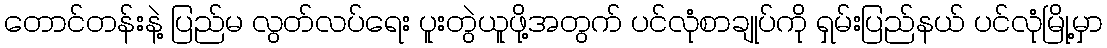
တောင်တန်းနဲ့ ပြည်မ လွတ်လပ်ရေး ပူးတွဲယူဖို့အတွက် ပင်လုံစာချုပ်ကို ရှမ်းပြည်နယ် ပင်လုံမြို့မှာ